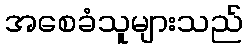
အစေခံသူများသည်